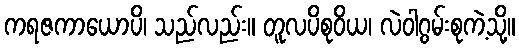
ကရဇကာယောပိ၊ သည်လည်း။ တူလပိစုဝိယ၊ လဲဝါဂွမ်းစုကဲ့သို့။